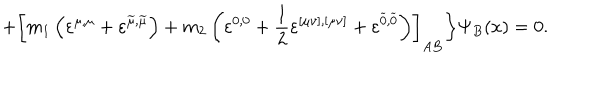
LaTeX: + \left[ m _ { 1 } \left( \varepsilon ^ { \mu , \mu } + \varepsilon ^ { \widetilde { \mu } , \widetilde { \mu } } \right) + m _ { 2 } \left( \varepsilon ^ { 0 , 0 } + \frac 1 2 \varepsilon ^ { [ \mu \nu ] , [ \mu \nu ] } + \varepsilon ^ { \widetilde { 0 } , \widetilde { 0 } } \right) \right] _ { A B } \biggr \} \Psi _ { B } ( x ) = 0 .